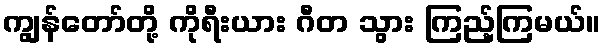
ကျွန်တော်တို့ ကိုရီးယား ဂီတ သွား ကြည့်ကြမယ်။